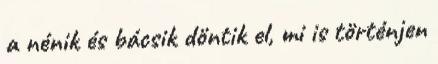
a nénik és bácsik döntik el, mi is történjen